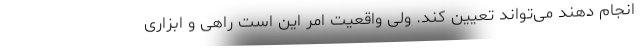
انجام دهند می‌تواند تعیین کند. ولی واقعیت امر این است راهی و ابزاری